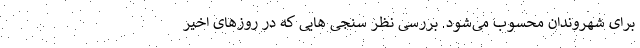
برای شهروندان محسوب می‌شود. بررسی نظر سنجی هایی که در روزهای اخیر